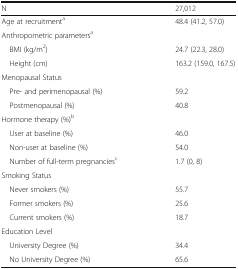
<table><thead><tr><td><b>N</b></td><td><b>27,012</b></td></tr></thead><tbody><tr><td>Age at recruitment<sup>a</sup></td><td>48.4 (41.2, 57.0)</td></tr><tr><td colspan="2">Anthropometric parameters<sup>a</sup></td></tr><tr><td> BMI (kg/m<sup>2</sup>)</td><td>24.7 (22.3, 28.0)</td></tr><tr><td> Height (cm)</td><td>163.2 (159.0, 167.5)</td></tr><tr><td colspan="2">Menopausal Status</td></tr><tr><td> Pre- and perimenopausal (%)</td><td>59.2</td></tr><tr><td> Postmenopausal (%)</td><td>40.8</td></tr><tr><td colspan="2">Hormone therapy (%)<sup>b</sup></td></tr><tr><td> User at baseline (%)</td><td>46.0</td></tr><tr><td> Non-user at baseline (%)</td><td>54.0</td></tr><tr><td> Number of full-term pregnancies<sup>c</sup></td><td>1.7 (0, 8)</td></tr><tr><td colspan="2">Smoking Status</td></tr><tr><td> Never smokers (%)</td><td>55.7</td></tr><tr><td> Former smokers (%)</td><td>25.6</td></tr><tr><td> Current smokers (%)</td><td>18.7</td></tr><tr><td colspan="2">Education Level</td></tr><tr><td> University Degree (%)</td><td>34.4</td></tr><tr><td> No University Degree (%)</td><td>65.6</td></tr></tbody></table>